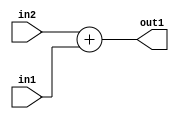
`timescale 1ps / 1ps
/*****************************************************************************
    Verilog RTL Description
    
    
    Created by: Stratus DpOpt 21.05.01 
*******************************************************************************/

module Filter_Add_2Ux1U_2U_1 (
	in2,
	in1,
	out1
	); /* architecture "behavioural" */ 
input [1:0] in2;
input  in1;
output [1:0] out1;
wire [1:0] asc001;

assign asc001 = 
	+(in2)
	+(in1);

assign out1 = asc001;
endmodule

/* CADENCE  urn1Sgs= : u9/ySxbfrwZIxEzHVQQV8Q== ** DO NOT EDIT THIS LINE ******/